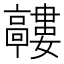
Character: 𲌘